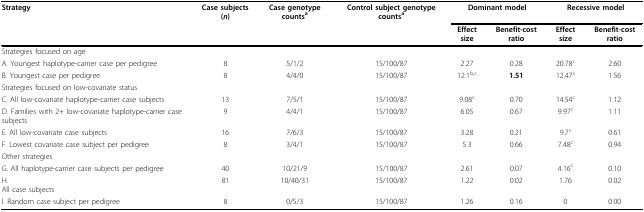
<table><thead><tr><td><b>Strategy</b></td><td><b>Case subjects (<i>n</i>)</b></td><td><b>Case genotype counts<sup>a</sup></b></td><td><b>Control subject genotype counts<sup>a</sup></b></td><td colspan="2"><b>Dominant model</b></td><td colspan="2"><b>Recessive model</b></td></tr><tr><td></td><td></td><td></td><td></td><td><b>Effect size</b></td><td><b>Benefit-cost ratio</b></td><td><b>Effect size</b></td><td><b>Benefit-cost ratio</b></td></tr></thead><tbody><tr><td>Strategies focused on age</td><td></td><td></td><td></td><td></td><td></td><td></td><td></td></tr><tr><td>A. Youngest haplotype-carrier case per pedigree</td><td>8</td><td>5/1/2</td><td>15/100/87</td><td>2.27</td><td>0.28</td><td>20.78<sup>c</sup></td><td>2.60</td></tr><tr><td>B. Youngest case per pedigree</td><td>8</td><td>4/4/0</td><td>15/100/87</td><td>12.1<sup>b,c</sup></td><td><b>1.51</b></td><td>12.47<sup>c</sup></td><td>1.56</td></tr><tr><td>Strategies focused on low-covariate status</td><td></td><td></td><td></td><td></td><td></td><td></td><td></td></tr><tr><td>C. All low-covariate haplotype-carrier case subjects</td><td>13</td><td>7/5/1</td><td>15/100/87</td><td>9.08<sup>c</sup></td><td>0.70</td><td>14.54<sup>c</sup></td><td>1.12</td></tr><tr><td>D. Families with 2+ low-covariate haplotype-carrier case subjects</td><td>9</td><td>4/4/1</td><td>15/100/87</td><td>6.05</td><td>0.67</td><td>9.97<sup>c</sup></td><td>1.11</td></tr><tr><td>E. All low-covariate case subjects</td><td>16</td><td>7/6/3</td><td>15/100/87</td><td>3.28</td><td>0.21</td><td>9.7<sup>c</sup></td><td>0.61</td></tr><tr><td>F. Lowest covariate case subject per pedigree</td><td>8</td><td>3/4/1</td><td>15/100/87</td><td>5.3</td><td>0.66</td><td>7.48<sup>c</sup></td><td>0.94</td></tr><tr><td>Other strategies</td><td></td><td></td><td></td><td></td><td></td><td></td><td></td></tr><tr><td>G. All haplotype-carrier case subjects per pedigree</td><td>40</td><td>10/21/9</td><td>15/100/87</td><td>2.61</td><td>0.07</td><td>4.16<sup>c</sup></td><td>0.10</td></tr><tr><td>H. All case subjects</td><td>81</td><td>10/40/31</td><td>15/100/87</td><td>1.22</td><td>0.02</td><td>1.76</td><td>0.02</td></tr><tr><td>I. Random case subject per pedigree</td><td>8</td><td>0/5/3</td><td>15/100/87</td><td>1.26</td><td>0.16</td><td>0</td><td>0.00</td></tr></tbody></table>